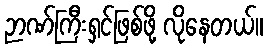
ဉာဏ်ကြီးရှင်ဖြစ်ဖို့ လိုနေတယ်။